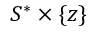
S ^ { * } \times \{ z \}